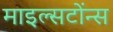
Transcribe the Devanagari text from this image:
माइल्सटोंन्स